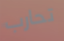
تحارب